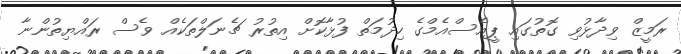
ރަމީޒް ވިދާޅުވި ގޮތުގައި ޕީއެސްއެމްގެ ހިދުމަތް ފުޅާކޮށް އިތުރު ޗެނަލްތަކެއް ވެސް ރައްޔިތުންނާ